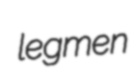
legmen